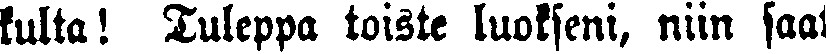
lulta! Tuleppa toiste luokseni, niin saat